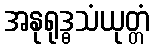
အနုရုဒ္ဓသံယုတ္တံ